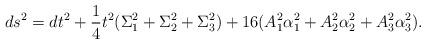
LaTeX: \begin{align*}ds^2 = dt^2 +{1 \over 4} t^2 (\Sigma_1^2 + \Sigma_2^2 + \Sigma_3^2)+ 16 (A_1^2 \alpha_1^2 + A_2^2 \alpha_2^2 + A_3^2 \alpha_3^2).\end{align*}